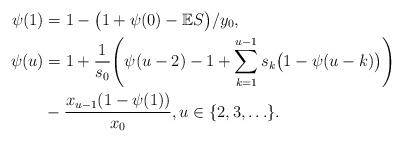
LaTeX: \begin{align*}\psi(1)&= 1-\bigl(1+\psi(0)-\mathbb{E}S\bigr)/y_0,\\\psi(u)&= 1+\frac{1}{s_0} \Biggl(\psi(u-2)-1+\sum\limits_{k=1}^{u-1}s_k\bigl(1-\psi(u-k)\bigr) \Biggr)\\&-\frac{x_{u-1}(1-\psi(1))}{x_0},u\in\{2,3,\ldots\}.\end{align*}